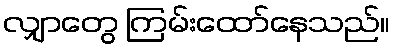
လျှာတွေ ကြမ်းထော်နေသည်။